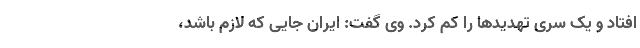
افتاد و یک سری تهدیدها را کم کرد. وی گفت: ایران جایی که لازم باشد،